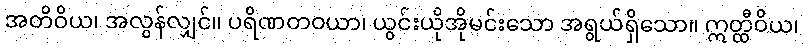
အတိဝိယ၊ အလွန်လျှင်။ ပရိဏတဝယာ၊ ယွင်းယိုအိုမင်းသော အရွယ်ရှိသော။ ဣတ္ထီဝိယ၊